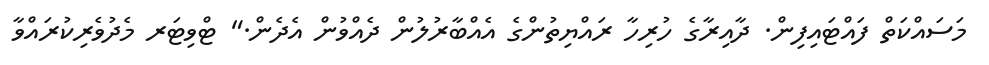
މަސައްކަތް ފައްޓައިފިން. ދާއިރާގެ ހުރިހާ ރައްޔިތުންގެ އެއްބާރުލުން ދެއްވުން އެދެން." ޓްވިޓަރ މެދުވެރިކުރައްވާ